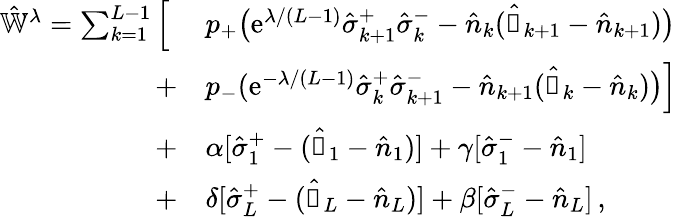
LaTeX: \begin{array}{rl}{\hat{\mathbb{W}}^{\lambda}=\sum_{k=1}^{L-1}\Big[\; }&{p_{+}\big(\mathrm{e}^{\lambda/(L-1)}\hat{\sigma}_{k+1}^{+}\hat{\sigma}_{k}^{-}-\hat{n}_{k}(\hat{\mathbb{1}}_{k+1}-\hat{n}_{k+1})\big)}\\ {+}&{p_{-}(\mathrm{e}^{-\lambda/(L-1)}\hat{\sigma}_{k}^{+}\hat{\sigma}_{k+1}^{-}-\hat{n}_{k+1}(\hat{\mathbb{1}}_{k}-\hat{n}_{k})\big)\Big]}\\ {+}&{\alpha[\hat{\sigma}_{1}^{+}-(\hat{\mathbb{1}}_{1}-\hat{n}_{1})]+\gamma[\hat{\sigma}_{1}^{-}-\hat{n}_{1}]}\\ {+}&{\delta[\hat{\sigma}_{L}^{+}-(\hat{\mathbb{1}}_{L}-\hat{n}_{L})]+\beta[\hat{\sigma}_{L}^{-}-\hat{n}_{L}]\, ,}\end{array}